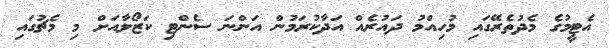
އެޓީމުގެ މެދުތެރޭގައި މުހިއްމު ދައުރެއް އަދާކުރަމުން އަންނަ ސެންޓި ކަޒޯލާއަށް މި މެޗުގައި